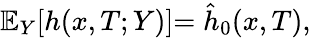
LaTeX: \mathbb{E}_{Y}[h(x,T;Y)]{=\hat{h}_{0}(x,T)},